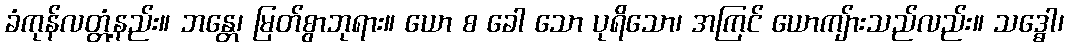
ခံကုန်လတ္တံ့နည်း။ ဘန္တေ၊ မြတ်စွာဘုရား။ ယော စ ခေါ သော ပုရိသော၊ အကြင် ယောကျ်ားသည်လည်း။ သဒ္ဓေါ၊